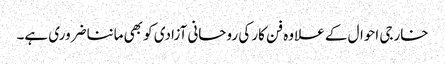
خارجی احوال کے علاوہ فن کار کی روحانی آزادی کو بھی ماننا ضروری ہے۔